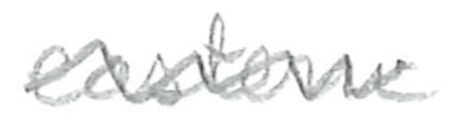
Text: eastern
Cross-out: wave
Writing tool: pencil